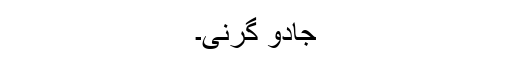
جادو گرنی۔